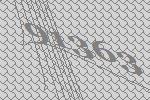
91363